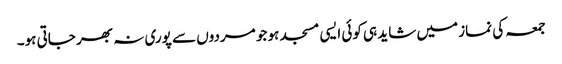
جمعہ کی نماز میں شاید ہی کوئی ایسی مسجد ہو جو مردوں سے پوری نہ بھر جاتی ہو۔